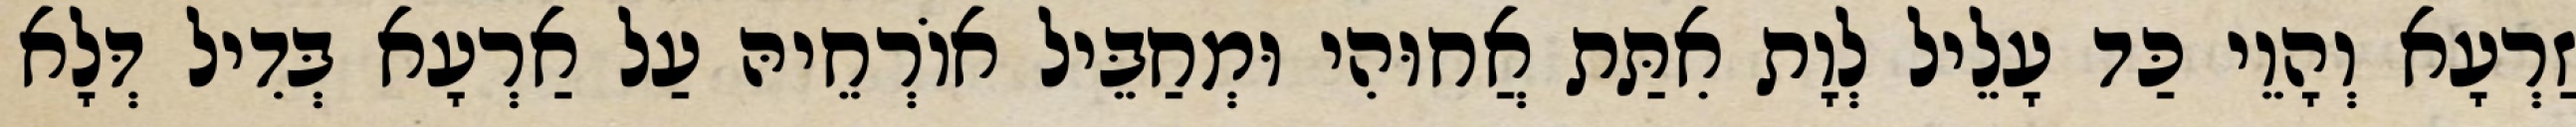
זַרְעָא וְהָוֵי כַּד עָלֵיל לְוָת אִתַּת אֲחוּהִי וּמְחַבֵּיל אוֹרְחֵיהּ עַל אַרְעָא בְּדִיל דְּלָא